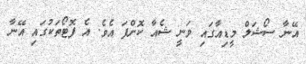
އޭނާ ސޯޝަލް މީޑިއާގައި ވަނީ ޝެއާ ކޮށްފަ އެވެ. އެ ފޮޓޯތަކުގައި އޭނާ